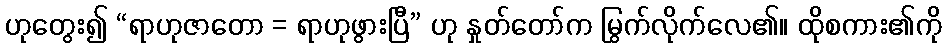
ဟုတွေး၍ “ရာဟုဇာတော = ရာဟုဖွားပြီ” ဟု နှုတ်တော်က မြွက်လိုက်လေ၏။ ထိုစကား၏ကို